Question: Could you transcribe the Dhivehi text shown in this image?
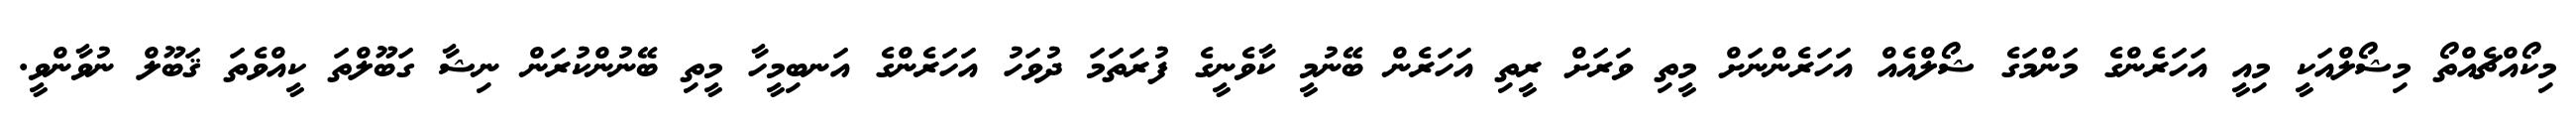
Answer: މިކޯއްޗެއްތޯ މިޝޯލްއަކީ މިއީ އަހަރެންގެ މަންމަގެ ޝޯލްއެއް އަހަރެންނަށް މީތި ވަރަށް ރީތި އަހަރެން ބޭނުމީ ކާވެނީގެ ފުރަތަމަ ދުވަހު އަހަރެންގެ އަނބިމީހާ މީތި ބޭނުންކުރަން ނިޝާ ގަބޫލްތަ ކީއްވެތަ ޤަބޫލް ނުވާންވީ.